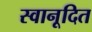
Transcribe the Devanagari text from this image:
स्वानूदित